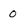
Character: 0